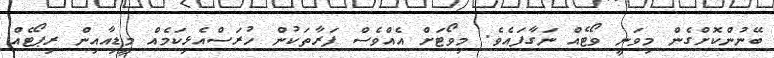
ބޭނުންކޮށްގެން މިވަނީ ވޯޓެއް ނަގާފައެވެ. މިވޯޓަށް އެއްވެސް ފަރާތަކުން ހުރަސްއެޅިކަމެއް މީޑިއާއިން ރިޕޯޓެއް